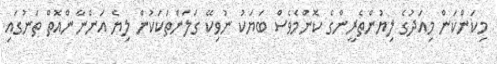
މިކަންކަން މިއަދުގެ ލިޔުންތެރީންގެ ކޮންމެވެސް ބަޔަކު ނުވިކޭ ގަލަންތަކަކުން ލިޔެ އަންނާންއޮތް ތަނުގައި